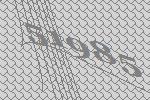
51985